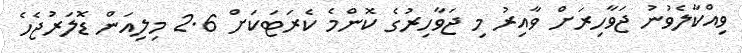
ވިއްކާލެވުނު ޖަވާހިރަށް ވާއިރު މި ޖަވާހިރުގެ ކޮންމެ ކެރަޓަކަށް 2.6 މިލިއަން ޑޮލަރުޖެހެ